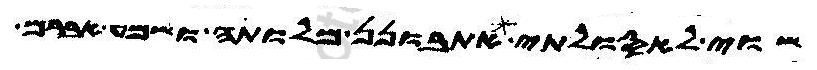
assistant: שוי לאסולתי אתבונן מלותה ושמע אברם